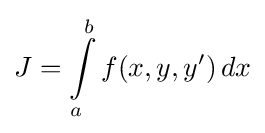
J=\int \limits _{a}^{b}f(x,y,y')\,dx